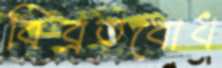
বিব্রতবোধ